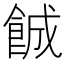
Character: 𬲐